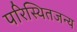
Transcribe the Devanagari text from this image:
परिस्थितजन्य